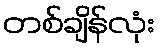
တစ်ချိန်လုံး